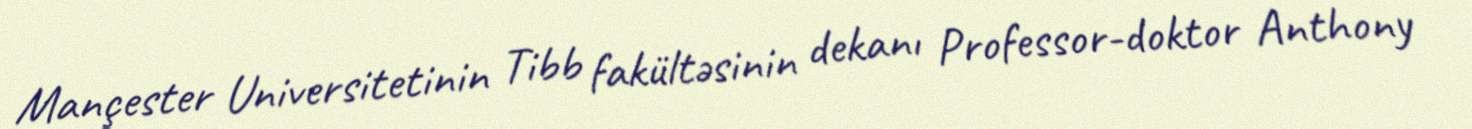
Mançester Universitetinin Tibb fakültəsinin dekanı Professor-doktor Anthony